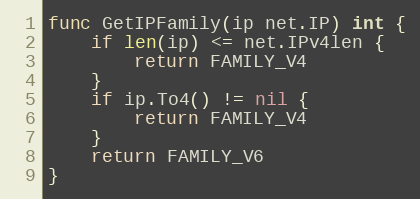
Language: Go
func GetIPFamily(ip net.IP) int {
	if len(ip) <= net.IPv4len {
		return FAMILY_V4
	}
	if ip.To4() != nil {
		return FAMILY_V4
	}
	return FAMILY_V6
}